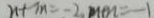
n + m = - 2 m + n = - 1